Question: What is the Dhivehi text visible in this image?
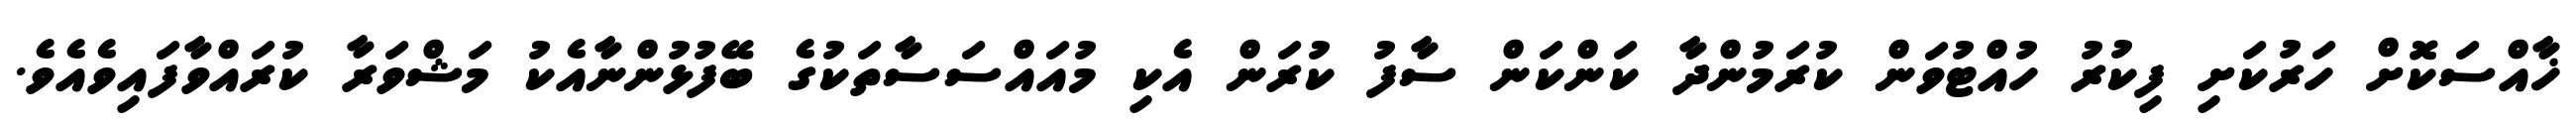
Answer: ޚާއްސަކޮށް ހަރުކަށި ފިކުރު ހުއްޓުވަން ކުރަމުންދާ ކަންކަން ސާފު ކުރަން އެކި މުއައްސަސާތަކުގެ ބޭފުޅުންނާއެކު މަޝްވަރާ ކުރައްވާފައިވެއެވެ.